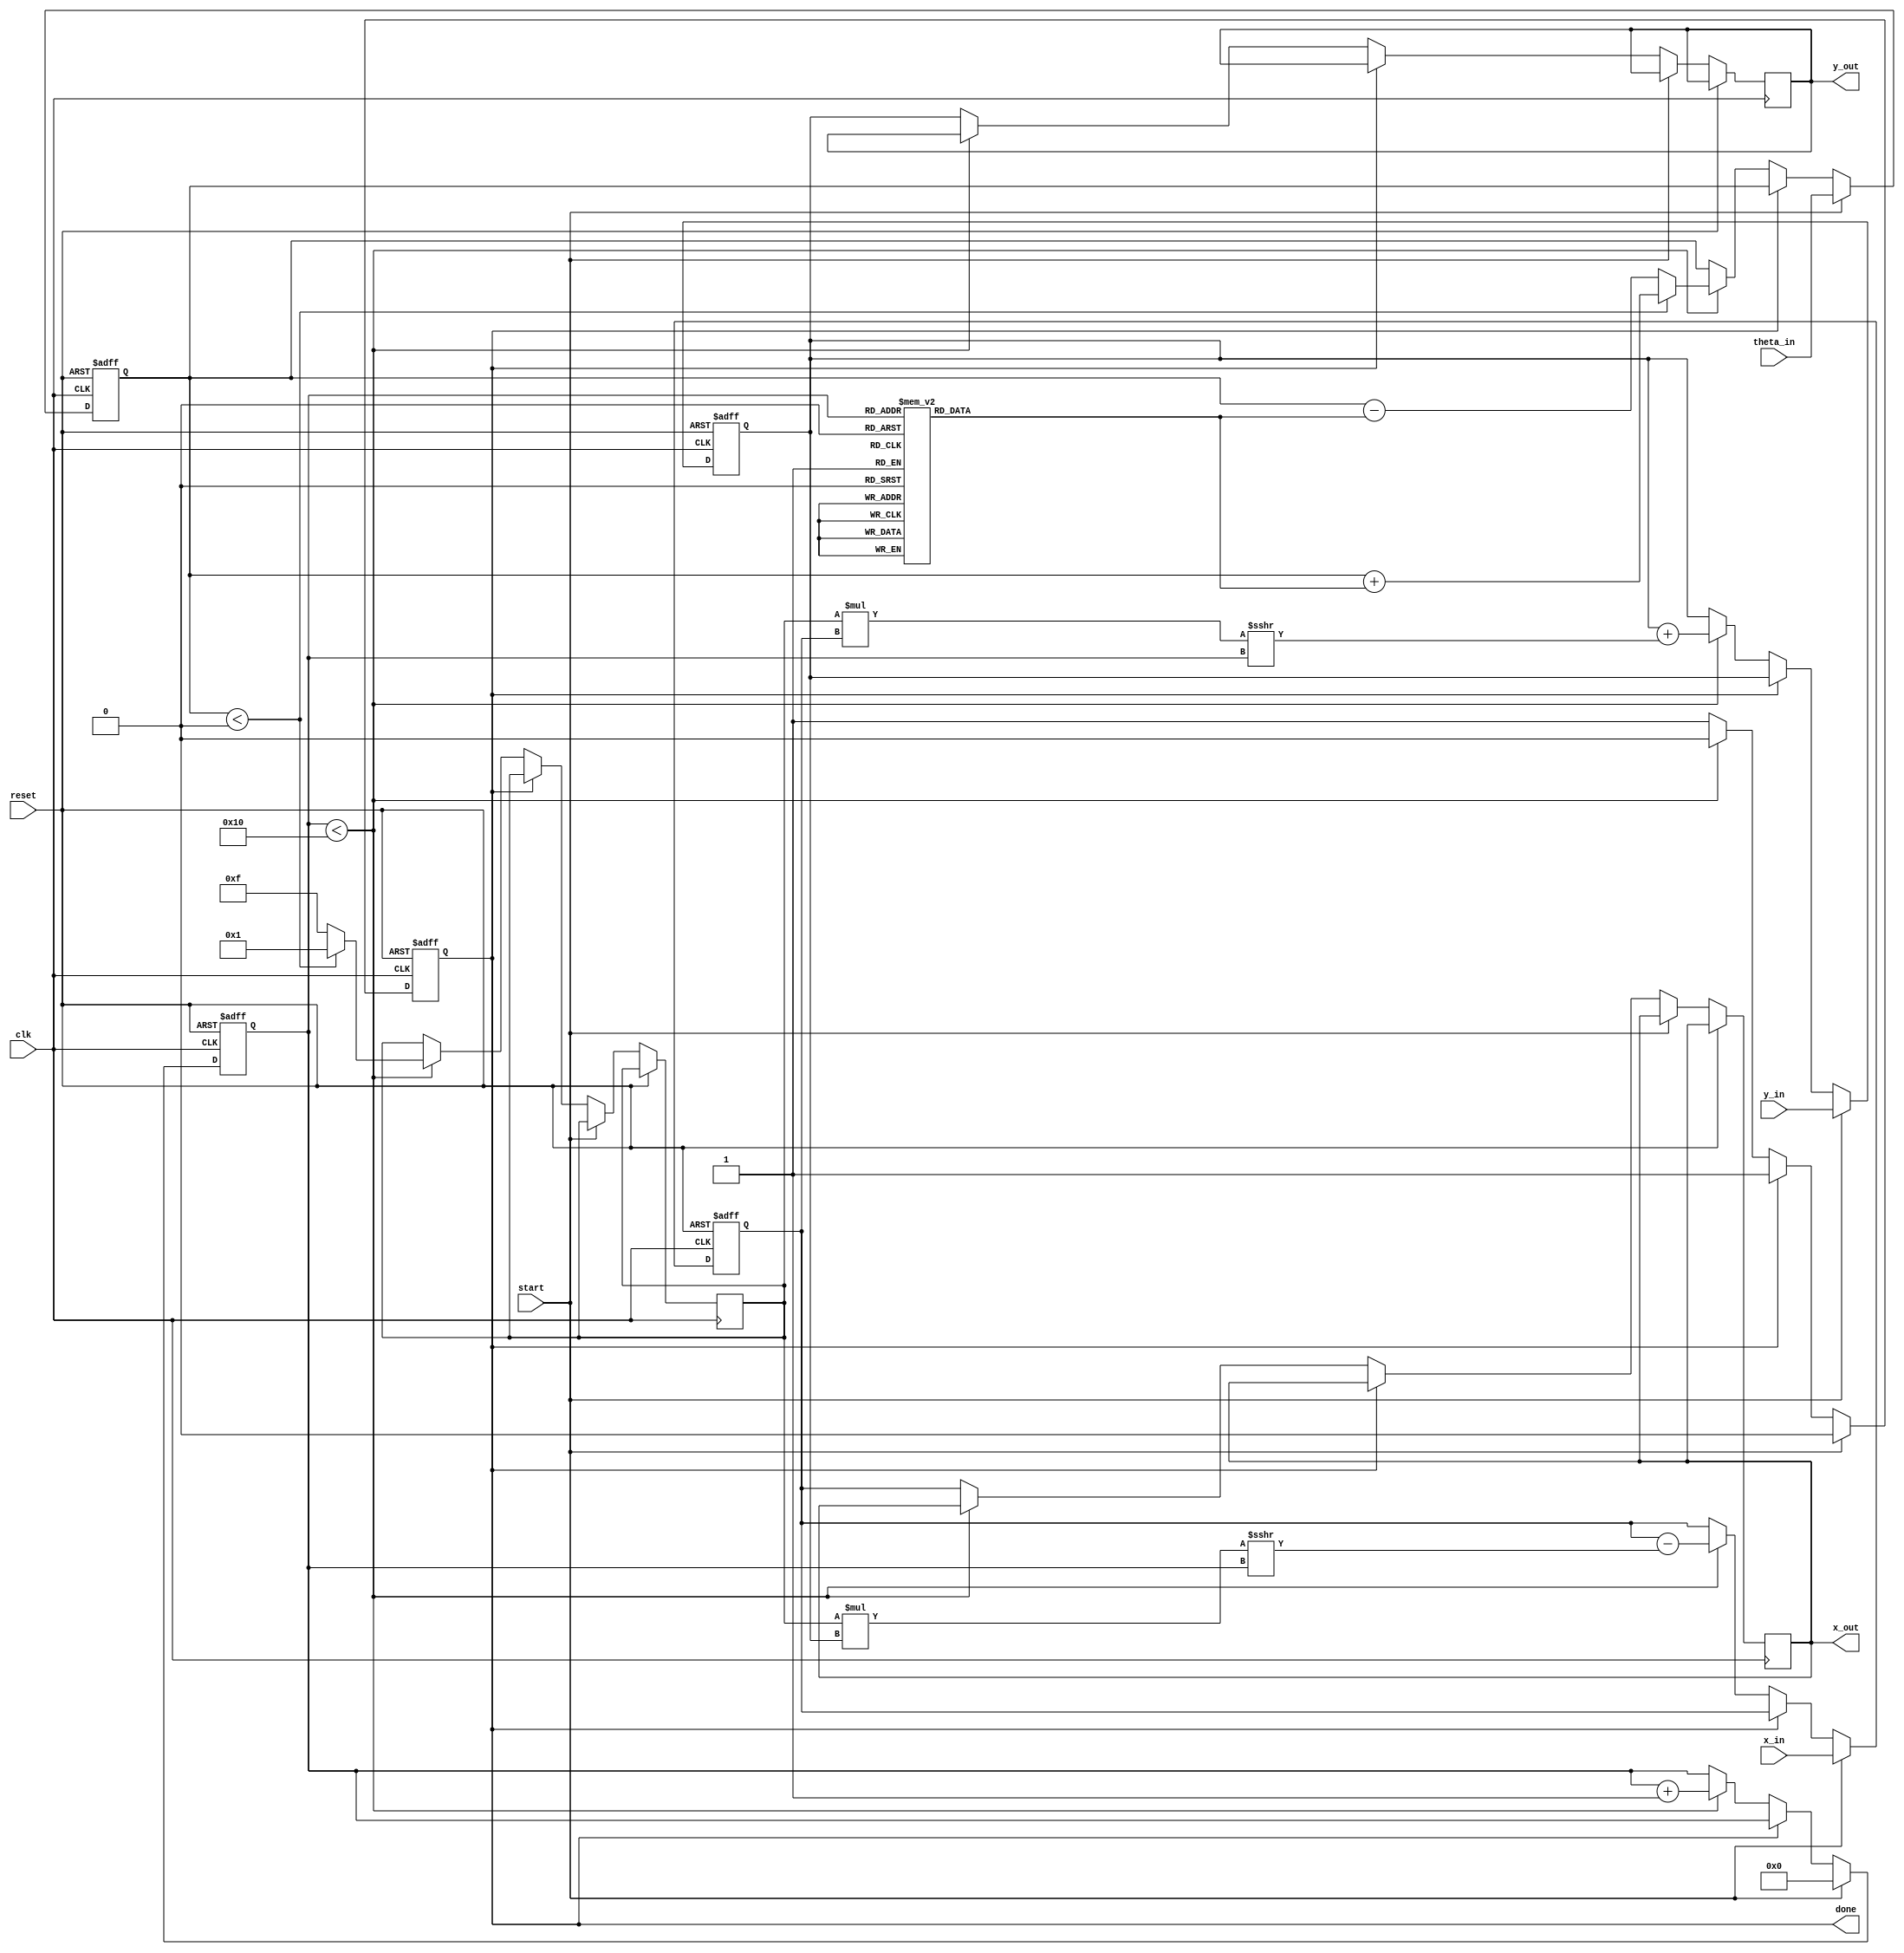
module cordic_2d (
    input clk,
    input reset,
    input start,
    input signed [15:0] x_in,       // Input X vector
    input signed [15:0] y_in,       // Input Y vector
    input signed [15:0] theta_in,   // Input angle
    output reg signed [15:0] x_out,  // Output X vector
    output reg signed [15:0] y_out,  // Output Y vector
    output reg done                 // Processing done signal
);

    parameter NUM_ITERATIONS = 16; // Number of iterations
    reg signed [15:0] x, y;         // Internal X and Y
    reg signed [15:0] theta;        // Current angle
    reg [3:0] iteration;            // Iteration counter
    reg [3:0] d;                    // Direction of rotation (1 or -1 for CW/CCW)
    
    // CORDIC rotation angle table (fixed-point representation)
    reg signed [15:0] angle_table [0:NUM_ITERATIONS-1];
    initial begin
        angle_table[0] = 16'h3243; // atan(1/2^0)
        angle_table[1] = 16'h1DAC; // atan(1/2^1)
        angle_table[2] = 16'h0FBD; // atan(1/2^2)
        angle_table[3] = 16'h07F5; // atan(1/2^3)
        angle_table[4] = 16'h03FE; // atan(1/2^4)
        angle_table[5] = 16'h01FF; // atan(1/2^5)
        angle_table[6] = 16'h00FF; // atan(1/2^6)
        angle_table[7] = 16'h007F; // atan(1/2^7)
        angle_table[8] = 16'h003F; // atan(1/2^8)
        angle_table[9] = 16'h001F; // atan(1/2^9)
        angle_table[10] = 16'h000F; // atan(1/2^10)
        angle_table[11] = 16'h0007; // atan(1/2^11)
        angle_table[12] = 16'h0003; // atan(1/2^12)
        angle_table[13] = 16'h0001; // atan(1/2^13)
        angle_table[14] = 16'h0000; // atan(1/2^14)
        angle_table[15] = 16'hFFFF; // atan(1/2^15)
    end

    // FSM for CORDIC iteration
    always @(posedge clk or posedge reset) begin
        if (reset) begin
            x <= 0;
            y <= 0;
            theta <= 0;
            iteration <= 0;
            done <= 0;
        end else if (start) begin
            // Initialize inputs
            x <= x_in;
            y <= y_in;
            theta <= theta_in;
            iteration <= 0;
            done <= 0;
        end else if (!done) begin
            // Perform CORDIC iterations
            if (iteration < NUM_ITERATIONS) begin
                // Determine direction of rotation
                if (theta < 0) begin
                    d <= 1; // Counterclockwise
                    theta <= theta + angle_table[iteration];
                end else begin
                    d <= -1; // Clockwise
                    theta <= theta - angle_table[iteration];
                end
                
                // Update coordinates
                x <= x - (d * y >>> iteration);
                y <= y + (d * x >>> iteration);
                
                iteration <= iteration + 1;
            end else begin
                // Finished iterations
                x_out <= x;
                y_out <= y;
                done <= 1;
            end
        end
    end
endmodule